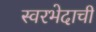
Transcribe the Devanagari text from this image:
स्वरभेदाची